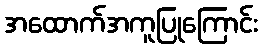
အထောက်အကူပြုကြောင်း